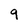
Character: 9